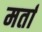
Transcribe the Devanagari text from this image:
मर्ता